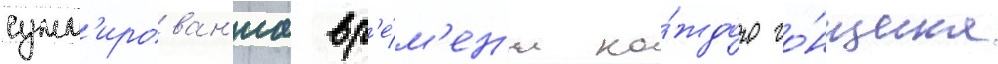
сумм'ирован'иа вр'е́м'ен'и ка́ждого го́нщика